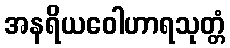
အနရိယဝေါဟာရသုတ္တံ